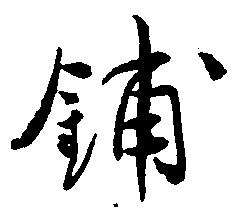
鋪